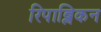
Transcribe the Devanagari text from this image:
रिपाब्लिकन